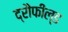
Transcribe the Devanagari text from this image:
द्रौंफील्ड